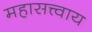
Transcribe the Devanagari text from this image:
महासत्त्वाय